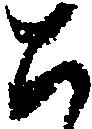
ち